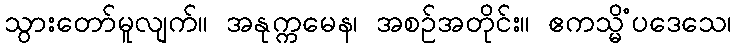
သွားတော်မူလျက်။ အနုက္ကမေန၊ အစဉ်အတိုင်း။ ဧကသ္မိံပဒေသေ၊